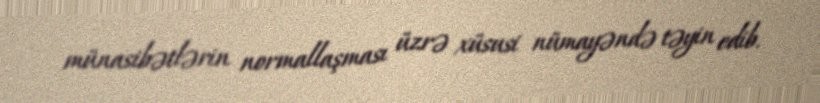
münasibətlərin normallaşması üzrə xüsusi nümayəndə təyin edib.